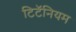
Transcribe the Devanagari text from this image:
टिटॅनियम